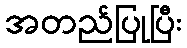
အတည်ပြုပြီး